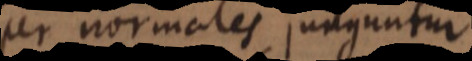
per normales junguntur